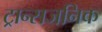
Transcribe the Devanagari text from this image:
ट्रान्सजनिक